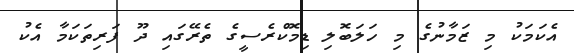
އެކަމަކު މި ޒަމާނުގެ މި ހަލަބޮލި ޑިމޮކްރެސީގެ ތެރޭގައި ދޫ ފަރިތަކަމާ އެކު